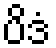
ပိဒံ